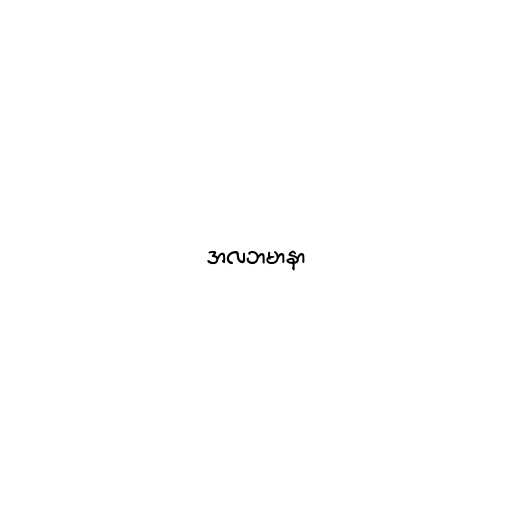
အလဘမာနာ